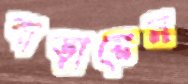
বাড়ায়েন